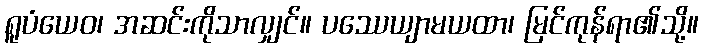
ရူပံယေဝ၊ အဆင်းကိုသာလျှင်။ ပဿေယျာမယထာ၊ မြင်ကုန်ရာ၏သို့။